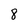
Character: 8